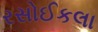
રસોઈકલા